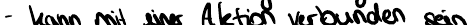
- kann mit einer Aktion verbunden sein